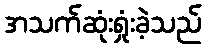
အသက်ဆုံးရှုံးခဲ့သည်